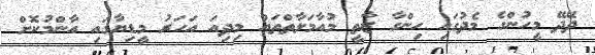
ދޭދޭ މީހުންގެ މެދުގައި ހިންގާ ޒާތީ މުއާމަލާތްތައް މިދިއަ އަހަރު މީޑިޔާގައި އާންމުކޮށް